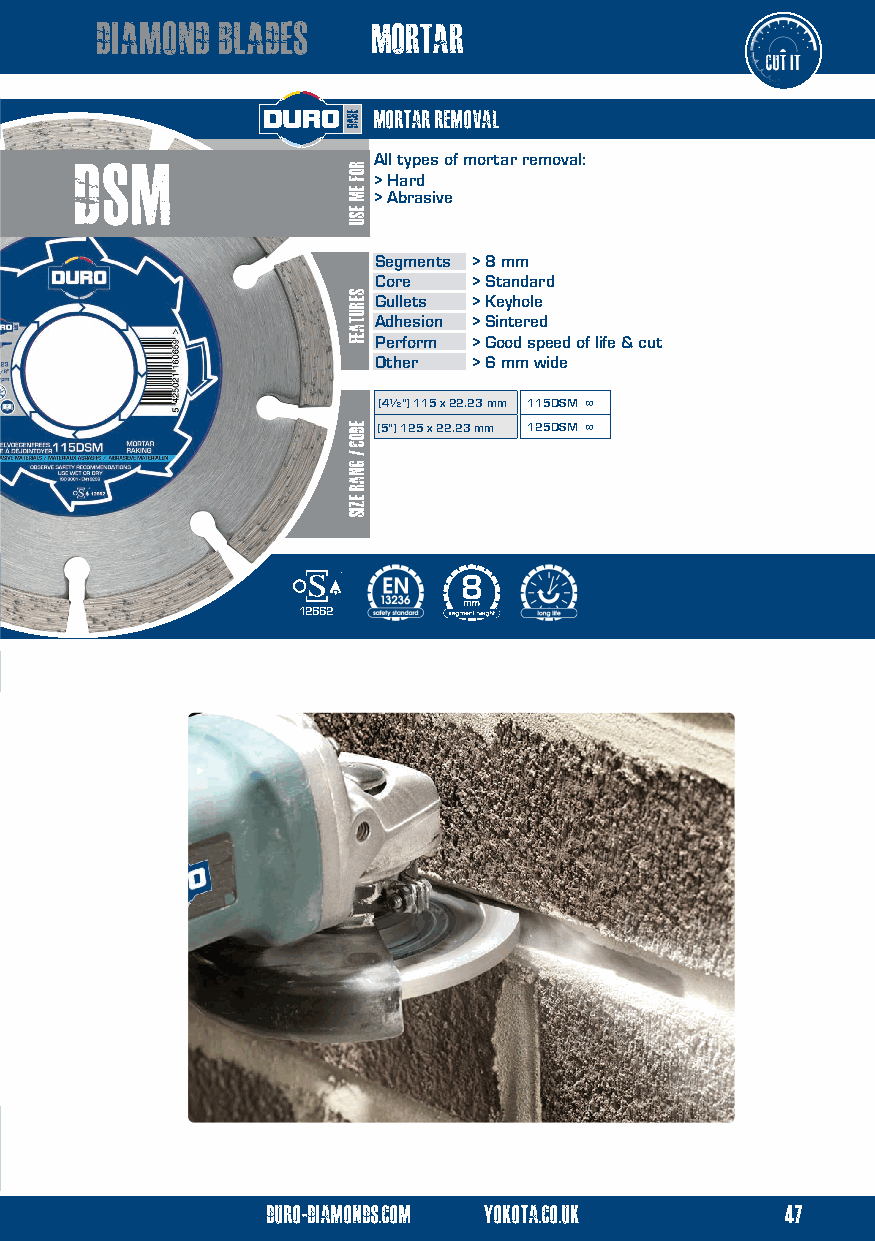
mortar diamond blades    mortar
 mortar removal
 Dsm                 All types of mortar removal:
 > Hard
 > Abrasive
 Segments > 8 mm
 Core  > Standard
 Gullets > Keyhole
 Adhesion > Sintered
 Perform > Good speed of life & cut
 Other > 6 mm wide
 (4½") 115 x 22.23 mm 115DSM ∞
 (5") 125 x 22.23 mm 125DSM ∞
 12662
 duro-diamonds.com yokota.co.uk    47
 duro-diamonds.com yokota.co.uk      12
 ROF
 EM
 ESU
 serutaef
 eDOC
 /
 gnar
 ezis